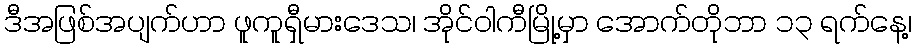
ဒီအဖြစ်အပျက်ဟာ ဖူကူရှီမားဒေသ၊ အိုင်ဝါကီမြို့မှာ အောက်တိုဘာ ၁၃ ရက်နေ့၊